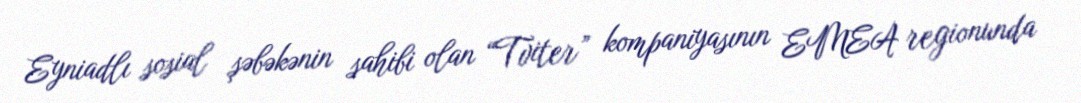
Eyniadlı sosial şəbəkənin sahibi olan “Tviter” kompaniyasının EMEA regionunda